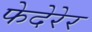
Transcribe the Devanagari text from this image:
फेदेरेर